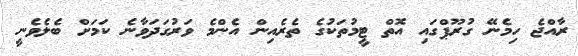
ރާއްޖެ ހިމެނޭ ގުރޫޕްގައި އޮތް ޓީމުތަކުގެ ތެރެއިން އެންމެ ވަރުގަދަވާނެ ކަމަށް ބެލެވެނީ